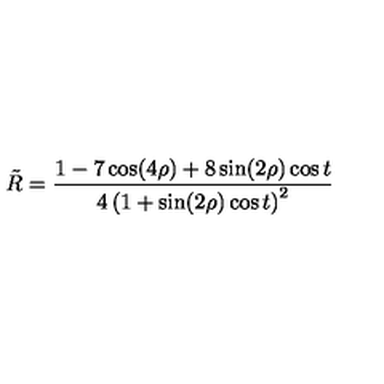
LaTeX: \tilde { R } = \frac { 1 - 7 \cos ( 4 \rho ) + 8 \sin ( 2 \rho ) \cos t } { 4 \left( 1 + \sin ( 2 \rho ) \cos t \right) ^ { 2 } }